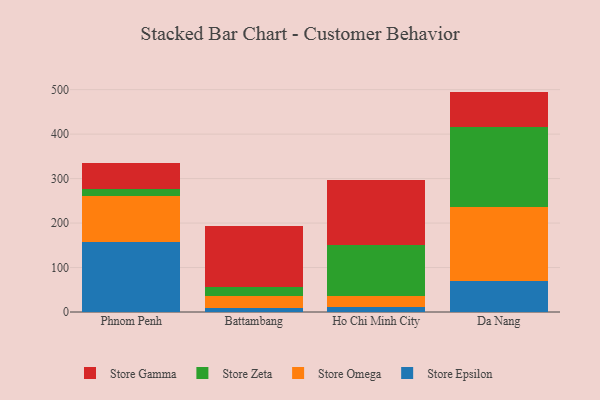
{"axis": {"x": "City", "y": "Active Users"}, "legend": ["Store Epsilon", "Store Gamma", "Store Omega", "Store Zeta"], "data": [{"x": "Phnom Penh", "y": 157.4, "type": "Store Epsilon"}, {"x": "Phnom Penh", "y": 104.2, "type": "Store Omega"}, {"x": "Phnom Penh", "y": 14.8, "type": "Store Zeta"}, {"x": "Phnom Penh", "y": 57.8, "type": "Store Gamma"}, {"x": "Battambang", "y": 8.1, "type": "Store Epsilon"}, {"x": "Battambang", "y": 28.1, "type": "Store Omega"}, {"x": "Battambang", "y": 20.8, "type": "Store Zeta"}, {"x": "Battambang", "y": 136.1, "type": "Store Gamma"}, {"x": "Ho Chi Minh City", "y": 12.3, "type": "Store Epsilon"}, {"x": "Ho Chi Minh City", "y": 23.5, "type": "Store Omega"}, {"x": "Ho Chi Minh City", "y": 114.6, "type": "Store Zeta"}, {"x": "Ho Chi Minh City", "y": 147.2, "type": "Store Gamma"}, {"x": "Da Nang", "y": 69.6, "type": "Store Epsilon"}, {"x": "Da Nang", "y": 166.5, "type": "Store Omega"}, {"x": "Da Nang", "y": 178.8, "type": "Store Zeta"}, {"x": "Da Nang", "y": 80.7, "type": "Store Gamma"}]}